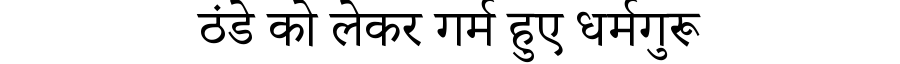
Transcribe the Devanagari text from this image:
ठंडे को लेकर गर्म हुए धर्मगुरू